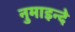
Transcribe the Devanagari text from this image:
नुमाइन्दे